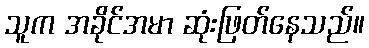
သူက အခိုင်အမာ ဆုံးဖြတ်နေသည်။